Medical and sanitary report of the native army of Bengal for the year
Year: 1876
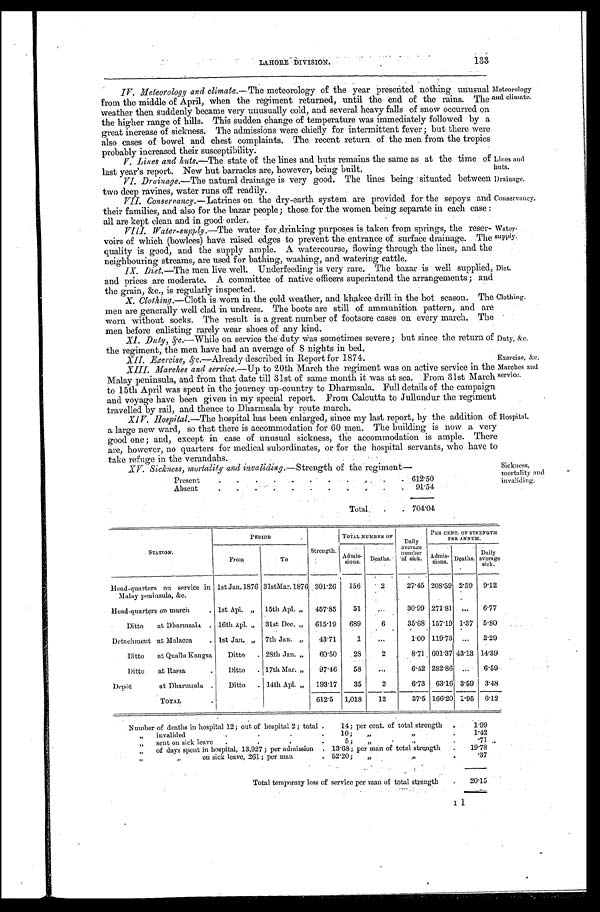
LAHORE DIVISION.
Meteorology
and climate.
Lines and
huts.
Drainage.
Conservancy.
Wate r-
supply.
Diet.
Clothing.
Duty, &c.
Exercise, &c.
Marches and
service.
Hospital.
Sickness,
mortality and
invaliding.
I IV. Meteorology and climate.— The meteorology of the year presented nothing unusual
from the middle of April, when the regiment returned, until the end of the rains. The
weather then suddenly became very unusually cold, and several heavy falls of snow occurred on
the higher range of hills. This sudden change of temperature was immediately followed by a
great increase of sickness. The admissions were chiefly for intermittent fever; but there were
also cases of bowel and chest complaints. The recent return of the men from the tropics
probably increased their susceptibility.
V. Lines and huts.—The state of the lines and huts remains the same as at the time of
last year's report. New hut barracks are, however, being built.
VI Drainage.—The natural drainage is very good. The lines being situated between
two deep ravines, water runs off readily.
VII. Conservancy. —Latrines on the dry-earth system are provided for the sepoys and
their families, and also for the bazar people; those for the women being separate in each case:
all are kept clean and in good order.
VI I I . Wa t e r - s uppl y. — T h e w a t e r f o r d r i n k i n g p u r p o s e s i s t a k e n f r o m s p r i n g s , t h e r e s e r -
voirs of which (bowlees) have raised edges to prevent the entrance of surface drainage. The
quality is good, and the supply ample. A watercourse, flowing through the lines, and the
neighbouring streams, are used for bathing, washing, and watering cattle.
IX. Diet. —The men live well. Underfeeding is very rare. The bazar is well supplied,
and prices are moderate. A committee of native officers superintend the arrangements; and
the grain, &c., is regularly inspected.
X. Clothing.— C l o t h i s w o r n i n t h e c o l d w e a t h e r , a n d k h a k e e d r i l l i n t h e h o t s e a s o n . T h e
men are generally well clad in undress. The boots are still of ammunition pattern, and are
worn without socks. The result is a great number of footsore cases on every march. The
men before enlisting rarely wear shoes of any kind.
XI. Duty,&c.—While on service the duty was sometimes severe; but since the return of
the regiment, the men have had an average of 8 nights in bed.
XII. Exercise, &c.—Already described in Report for 1874.
XIII. Marches and service. —Up to 20th March the regiment was on active service in the
Malay peninsula, and from that date till 31st of same month it was at sea. From 31st March
to 15th April was spent in the journey up-country to Dharmsala. Full details of the campaign
and voyage have been given in my special report. From Calcutta to Jullundur the regiment
travelled by rail, and thence to Dharmsala by route march.
XIV. Hospital. —The hospital has been enlarged, since my last report, by the addition of
a large new ward, so that there is accommodation for 60 men. The building is now a very
good one; and, except in case of unusual sickness, the accommodation is ample. There
are, however, no quarters for medical subordinates, or for the hospital servants, who have to
take refuge in the verandahs.
X V . S i c k n e s s , m o r t a l i t y a n d i n v a l i d i n g . — S t r e n g t ho
f t h e r e g i m e n t —
Present
612.50
Absent
91.54
Total
704.04
STATION.
PERIOD
Strength.
TOTAL NUMBER OF Daily
average
number
of sick.
PER CENT. OF STRENGTH
PER ANNUM.
From
To
Admi s-
sions
Deaths.
Admis-
sions.
Deaths. Daily
average sick.
H e a d - q u a r t e r s o n s e r v i c e i n
M a l a y p e n i n s u l a , & c .
1st Jan. 1876 31st Mar. 1876 301.26 156
2
27.45 208.59 2.59 9.12
Head-quarters on march
1st Apl. " 15th Apl. " 457.85
51
30.99 271.81
6.77
Ditto at Dharmsala 16th Apl. " 31st Dec. " 615.19 689
6
35.68 157.19 1.37 5.80
Detachment at Malacca
1st Jan. " 7th Jan. "
43.71
1
1.00 119.73
2.29
Ditto at Qualla Kangsa Ditto
28th Jan. " 60.50
2 8
2
8.71 601.37 43.13 14.39
Ditto at Rassa Ditto
17th Mar. " 97.46 58
6.42 282.86
6.59
Depôt at Dharmsala
Ditto
14th Apl. " 193.17
35
2
6.73 63.16 3.59 3.48
TOTAL
612.5 1,018
12
37.5 166.20 1.95 6.12
N u m b e r o f d e a t h s i n h o s p i t a l 1 2 ; o u t o f h o s p i t a l 2 ; t o t a l 1 4 ; p e r c e n t . o f t o t a l s t r e n g t h
1 . 9 9
" invalided 10; " "
1.42
" s e n t o n s i c k l e a v e 5 ; " "
.71
" of days spent in hospital; 13,927; per admission 13.68; per man of total strength
19.78
" " on sick leave, 261; per man 52.20; " "
.37
T o t a l t e m p o r a r y l o s s o f s e r v i c e p e r m a n o f t o t a l s t r e n g t h
20.15
Il